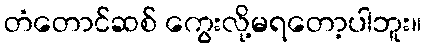
တံတောင်ဆစ် ကွေးလို့မရတော့ပါဘူး။